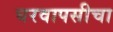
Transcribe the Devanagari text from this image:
घरवापसीचा